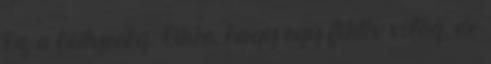
Ez a hülyeség. Okés, hogy egy fiktív világ, de